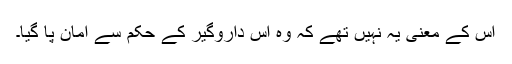
اس کے معنی یہ نہیں تھے کہ وہ اس داروگیر کے حکم سے امان پا گیا۔